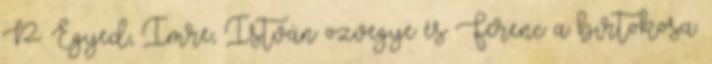
P. Egyed, Imre, István özvegye és Ferenc a birtokosa.